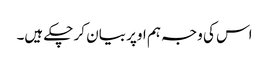
اس کی وجہ ہم اوپر بیان کر چکے ہیں۔